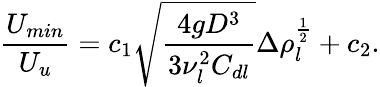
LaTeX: \frac{U_{min}}{U_{u}}=c_{1}\sqrt{\frac{4gD^{3}}{3\nu_{l}^{2}C_{dl}}}\Delta\rho_{l}^{\frac{1}{2}}+c_{2}.